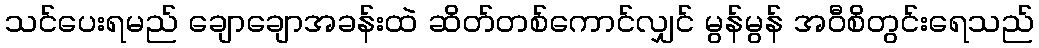
သင်ပေးရမည် ချောချောအခန်းထဲ ဆိတ်တစ်ကောင်လျှင် မွန်မွန် အဝီစိတွင်းရေသည်